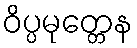
ဝိပ္ပမုတ္တေန